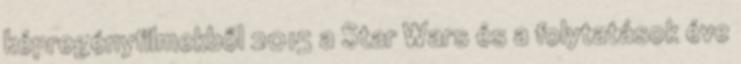
képregényfilmekből 2015 a Star Wars és a folytatások éve